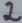
Text: 2